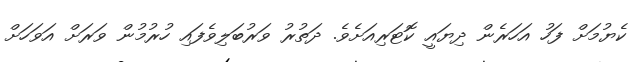
ކެޔުމަށް ފަހު އަހަރެން ދިޔައީ ކޮޓަރިއަށެވެ. ދަތުރު ވަރުބަލިވެފައި ހުރުމުން ވަރަށް އަވަހަށް